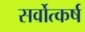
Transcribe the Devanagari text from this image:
सर्वोत्कर्ष